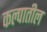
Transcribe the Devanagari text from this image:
कल्पातील